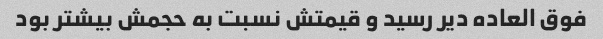
فوق العاده دیر رسید و قیمتش نسبت به حجمش بیشتر بود